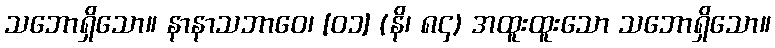
သဘောရှိသော။ နာနာသဘာဝေ၊ [၀၁] (နိ၊ ၈၄) အထူးထူးသော သဘောရှိသော။